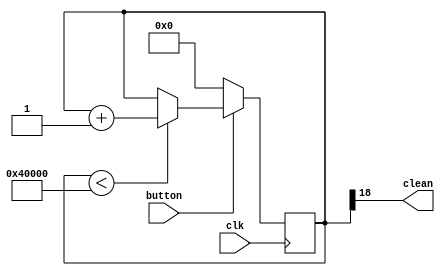
/*
 * 
 */

module JitterClear
#(
    parameter jitter_clr_bit = 18 // 18 -> 10MHz1ms
)
(
    input  clk, 
    input  button, 
    output  clean 
);


reg [jitter_clr_bit:0] cnt;

always@(posedge clk) begin
    if(button == 0)
        cnt <= 0;
    else if(cnt < (1 << jitter_clr_bit))
        cnt <= cnt + 1;
end

assign clean = cnt[jitter_clr_bit];

endmodule